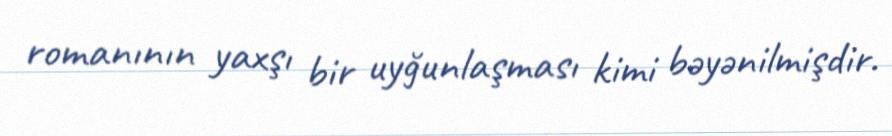
romanının yaxşı bir uyğunlaşması kimi bəyənilmişdir.